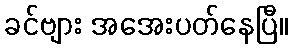
ခင်ဗျား အအေးပတ်နေပြီ။